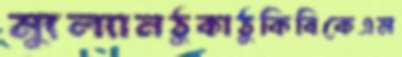
ম্যুল্যানঠুকাঠুকিবিকেএম